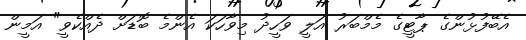
އެބޭފުޅުންގެ ޕާޓީގެ މެމްބަރު އަލީ ވަހީދު މިވާހަކަ އެންމެ ބޮޑަށް ދެއްކެވީ" އަމީން